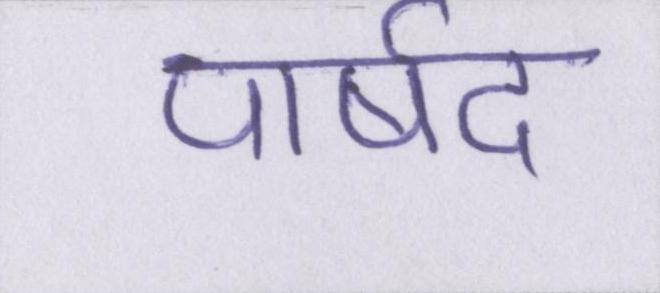
पार्षद